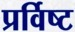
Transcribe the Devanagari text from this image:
प्रर्विष्ट